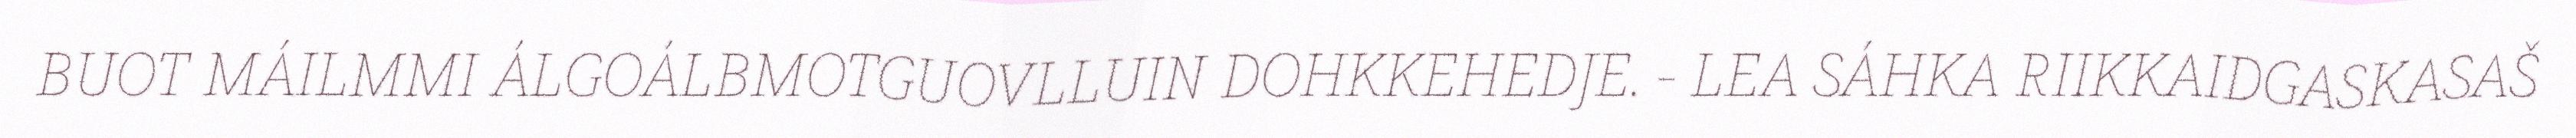
BUOT MÁILMMI ÁLGOÁLBMOTGUOVLLUIN DOHKKEHEDJE. - LEA SÁHKA RIIKKAIDGASKASAŠ